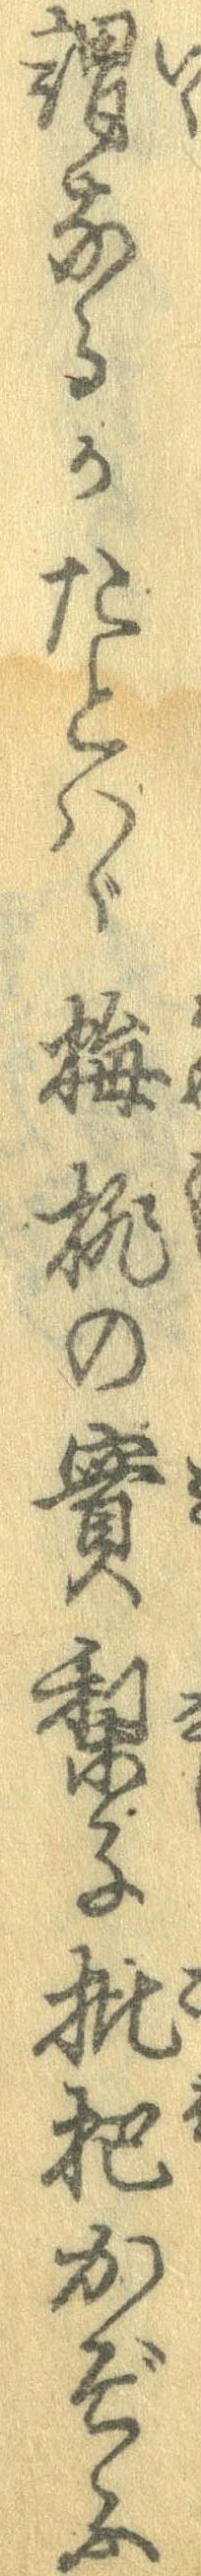
謂なるかたとはゞ梅桃の実梨子批把かぞふ